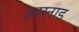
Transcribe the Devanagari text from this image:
आरनाड